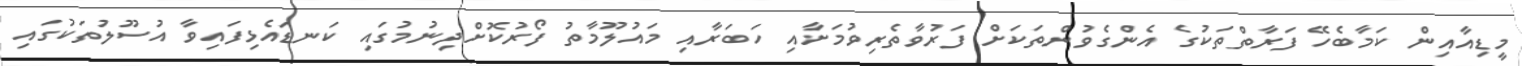
މީޑިއާއިން ކަމާބެހޭ ފަރާތްތަކުގެ އެންގެވުންތަކަށް ފަރުވާތެރިވުމަށާއި ހަބަރާއި މައުލޫމާތު ފޯރުކޮށްދިނުމުގައި ކަނޑައެޅިފައިވާ އުސޫލުތަކުގައި